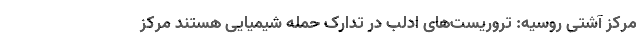
مرکز آشتی روسیه: تروریست‌های ادلب در تدارک حمله شیمیایی هستند مرکز